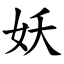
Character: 妖